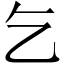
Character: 乞